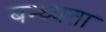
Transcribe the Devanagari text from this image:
बन्ध्यता